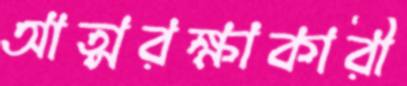
আত্মরক্ষাকারী